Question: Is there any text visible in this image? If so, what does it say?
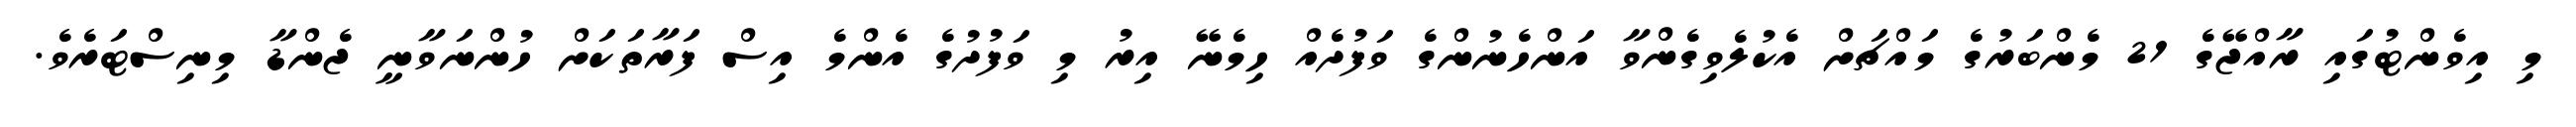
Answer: މި އިވެންޓުގައި ރާއްޖޭގެ 21 މެންބަރުގެ މައްޗަށް އެކުލެވިގެންވާ އަންހެނުންގެ ވަފުދެއް ހިމެނޭ އިރު މި ވަފުދުގެ އެންމެ އިސް ފަރާތަކަށް ހުންނަވާނީ ޖެންޑާ މިނިސްޓަރެވެ.